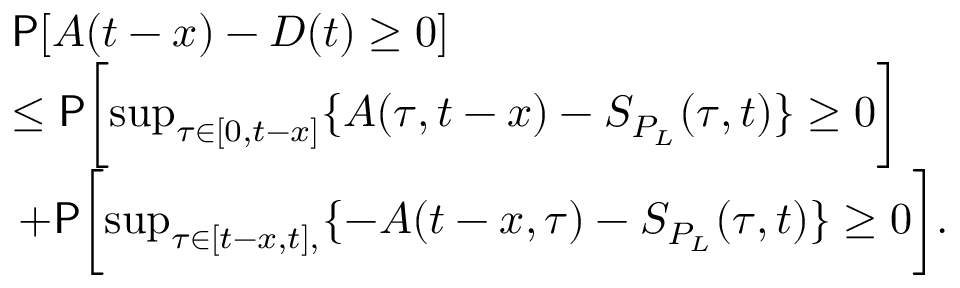
\begin{array} { r l } & { \mathsf { P } [ A ( t - x ) - D ( t ) \ge 0 ] } \\ & { \le \mathsf { P } \biggl [ \operatorname* { s u p } _ { \tau \in [ 0 , t - x ] } \{ A ( \tau , t - x ) - S _ { P _ { L } } ( \tau , t ) \} \ge 0 \biggr ] } \\ & { \, + \mathsf { P } \biggl [ \operatorname* { s u p } _ { \tau \in [ t - x , t ] , } \{ - A ( t - x , \tau ) - S _ { P _ { L } } ( \tau , t ) \} \ge 0 \biggr ] . } \end{array}